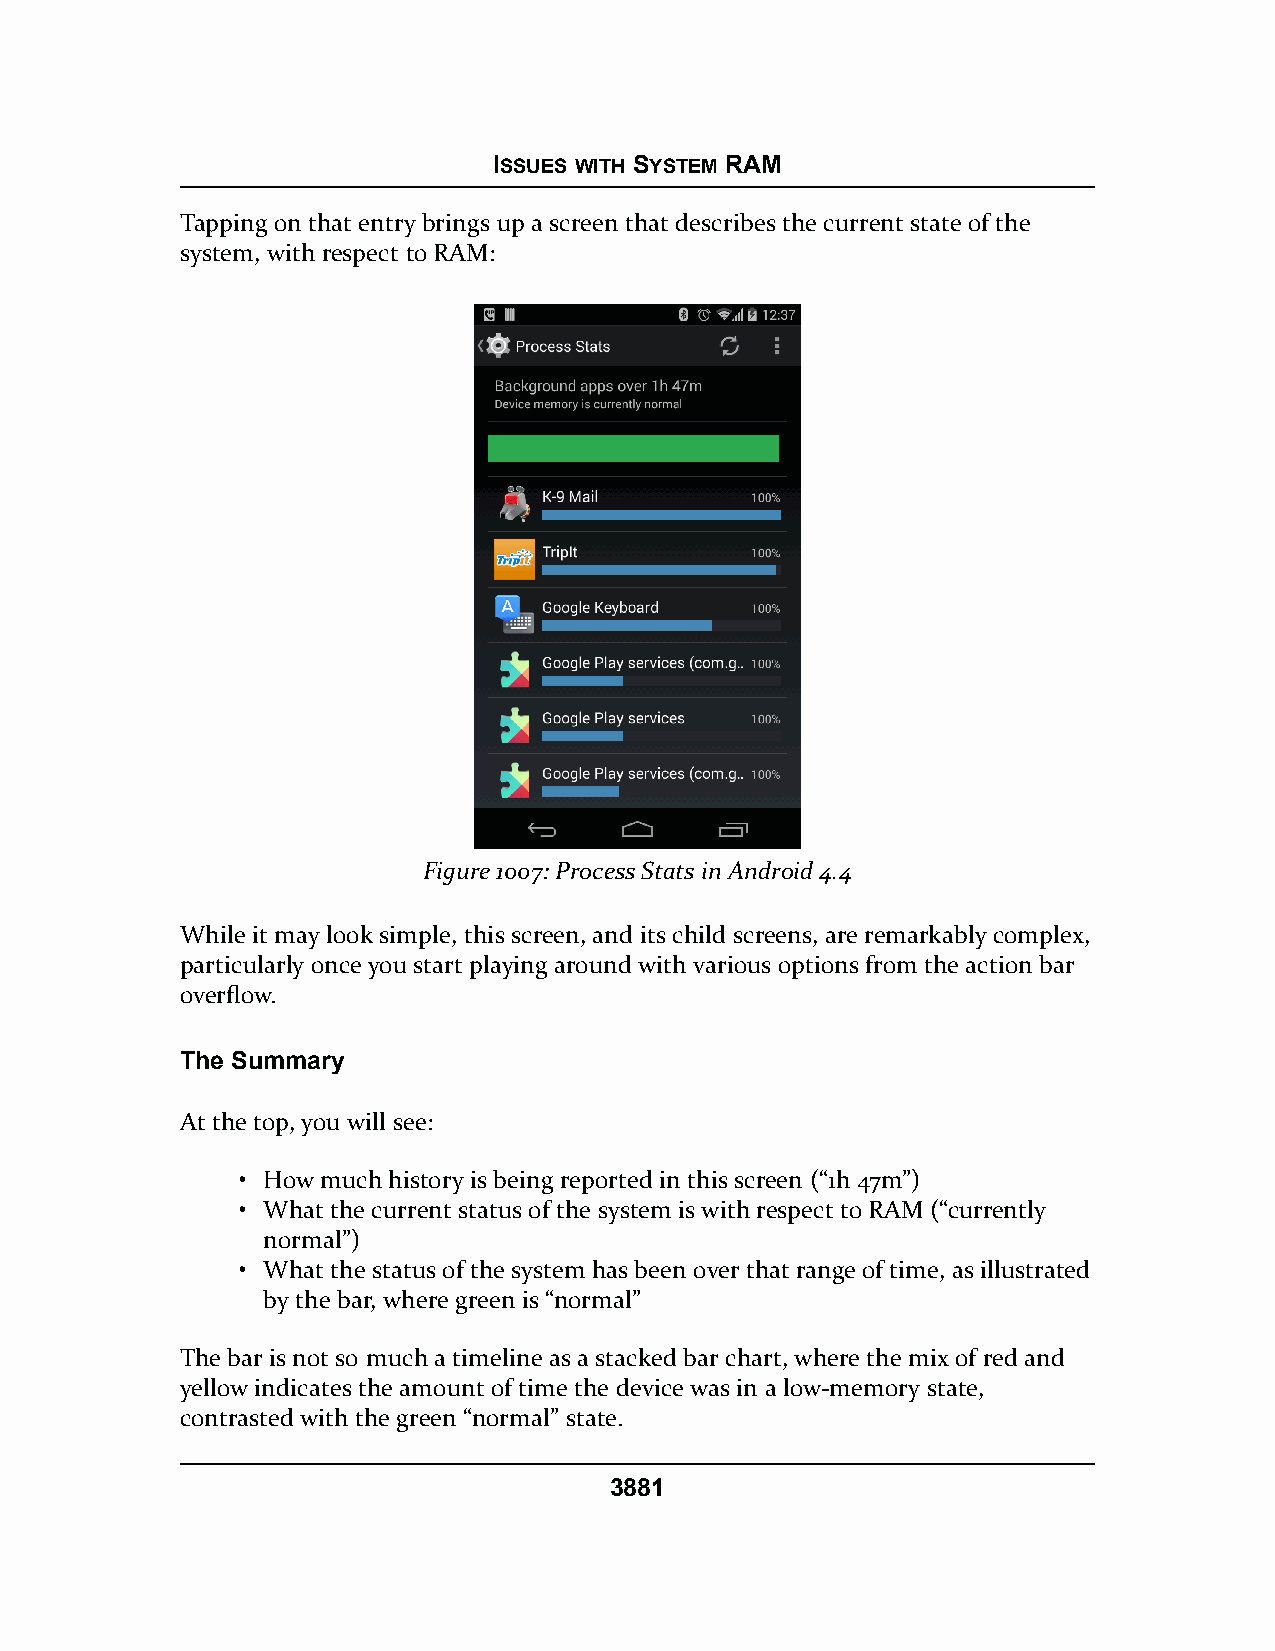
ISSUES WITH SYSTEM RAM
 Tapping on that entry brings up a screen that describes the current state of the
 system, with respect to RAM:
 Figure 1007: Process Stats in Android 4.4
 While it may look simple, this screen, and its child screens, are remarkably complex,
 particularly once you start playing around with various options from the action bar
 overflow.
 The Summary
 At the top, you will see:
 • How much history is being reported in this screen (“1h 47m”)
 • What the current status of the system is with respect to RAM (“currently
 normal”)
 • What the status of the system has been over that range of time, as illustrated
 by the bar, where green is “normal”
 The bar is not so much a timeline as a stacked bar chart, where the mix of red and
 yellow indicates the amount of time the device was in a low-memory state,
 contrasted with the green “normal” state.
 3881